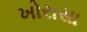
ખોરાસા